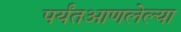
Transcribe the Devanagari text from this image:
पर्यंतआणलेल्या